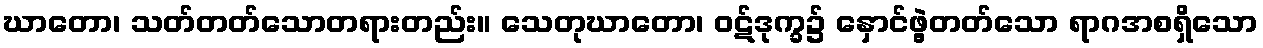
ဃာတော၊ သတ်တတ်သောတရားတည်း။ သေတုဃာတော၊ ဝဋ်ဒုက္ခ၌ နှောင်ဖွဲ့တတ်သော ရာဂအစရှိသော